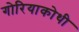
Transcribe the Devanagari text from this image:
गोरियाकोथी